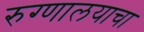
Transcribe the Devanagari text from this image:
रुग्णालयाचा